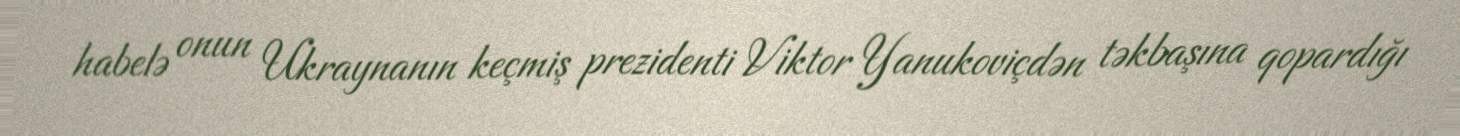
habelə onun Ukraynanın keçmiş prezidenti Viktor Yanukoviçdən təkbaşına qopardığı